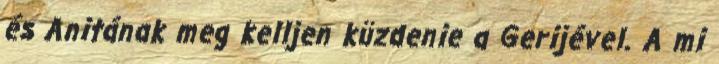
és Anitának meg kelljen küzdenie a Gerijével. A mi